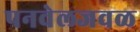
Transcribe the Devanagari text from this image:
पनवेलजवळ